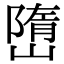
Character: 嶞